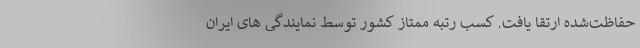
حفاظت‌شده ارتقا یافت. کسب رتبه ممتاز کشور توسط نمایندگی های ایران